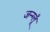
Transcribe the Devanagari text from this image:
जन्ग्लूँ